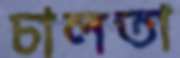
চালতা